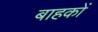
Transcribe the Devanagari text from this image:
बाहकों